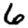
Digit: 6